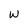
Character: W